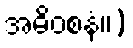
အဓိဝစနံ။)